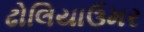
ઢોલિયાઉમર